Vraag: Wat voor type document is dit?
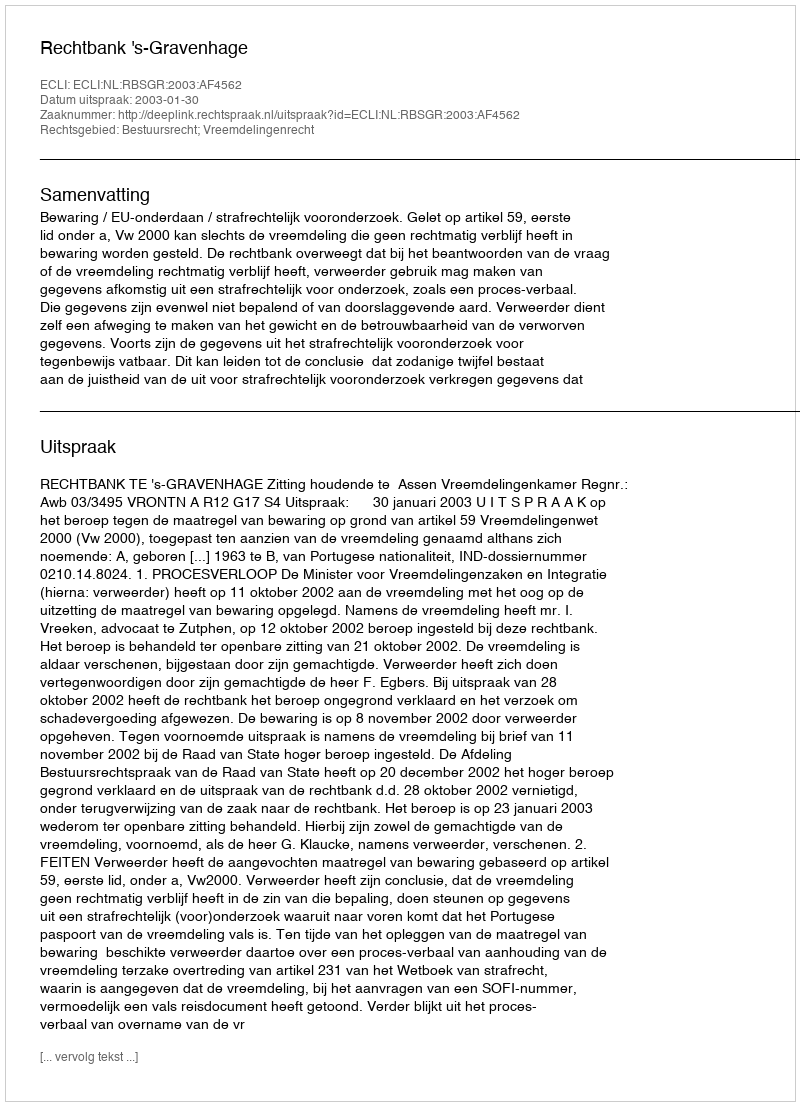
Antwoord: Uitspraak